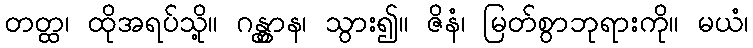
တတ္ထ၊ ထိုအရပ်သို့။ ဂန္တွာန၊ သွား၍။ ဇိနံ၊ မြတ်စွာဘုရားကို။ မယံ၊